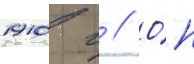
1910 г // О́н